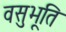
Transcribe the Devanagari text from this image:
वसुभूति